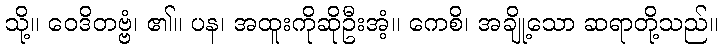
သို့။ ဝေဒိတဗ္ဗံ၊ ၏။ ပန၊ အထူးကိုဆိုဦးအံ့။ ကေစိ၊ အချို့သော ဆရာတို့သည်။